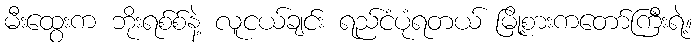
မီးထွေးက ဘိုးရစ်စ်နဲ့ လူငယ်ချင်း ရည်ငံပုံရတယ် မြို့စားကတော်ကြီးရဲ့။